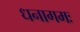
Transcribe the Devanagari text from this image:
धनागमः